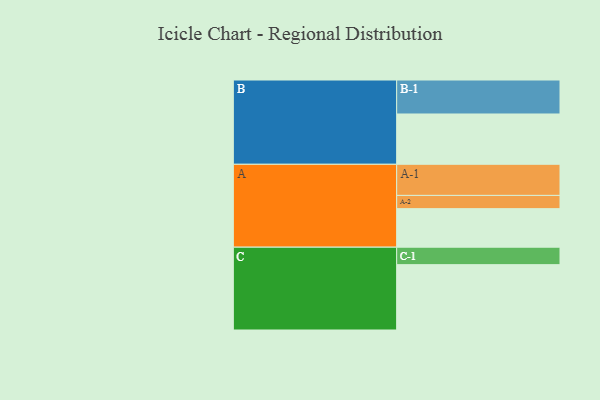
{"axis": {"x": "Segment", "y": "Value"}, "legend": ["", "A", "B", "C"], "data": [{"x": "A", "y": 338, "type": ""}, {"x": "B", "y": 441, "type": ""}, {"x": "C", "y": 573, "type": ""}, {"x": "A-1", "y": 273, "type": "A"}, {"x": "A-2", "y": 116, "type": "A"}, {"x": "B-1", "y": 298, "type": "B"}, {"x": "C-1", "y": 153, "type": "C"}]}